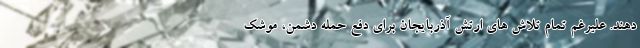
دهند. علیرغم تمام تلاش های ارتش آذربایجان برای دفع حمله دشمن، موشک